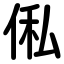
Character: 俬